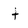
Character: t